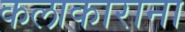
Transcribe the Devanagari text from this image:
कलाकाराना